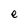
Character: e